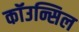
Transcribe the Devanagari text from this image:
कॉउन्सिल